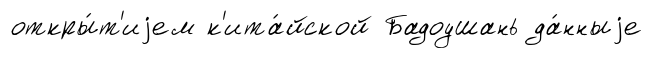
откры́т'иjем к'ита́йской Бадоушань да́нныjе